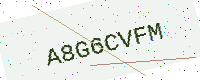
Text: A8G6CVFM